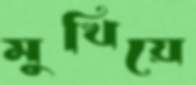
মুখিয়ে